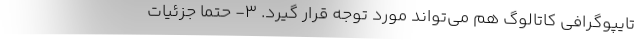
تایپوگرافی کاتالوگ هم می‌تواند مورد توجه قرار گیرد. 3- حتما جزئیات